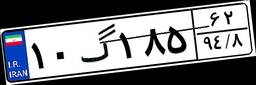
۱۰گ۱۸۵۶۲